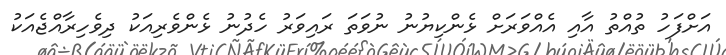
އަށްފަހު ތުއްތު އާއި އެއްވަރަށް ޅެންކިޔުނު ނުވަތަ ރައިވަރު ހެދުނު ޅެންވެރިއަކު ދިވެހިރާއްޖެއަކު